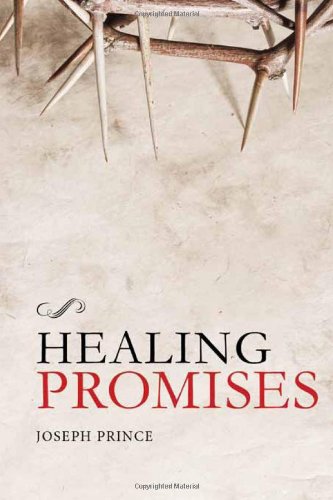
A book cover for Healing Promises; Joseph Prince; Christian Books & Bibles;